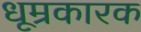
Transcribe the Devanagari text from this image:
धूम्रकारक